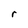
Character: r